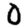
Digit: 0